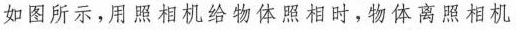
如图所示，用照相机给物体照相时，物体离照相机